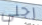
رجلى